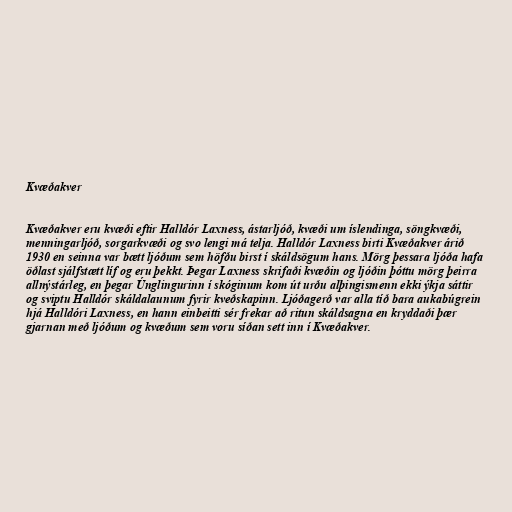
Kvæðakver

Kvæðakver eru kvæði eftir Halldór Laxness, ástarljóð, kvæði um íslendinga, söngkvæði,
menningarljóð, sorgarkvæði og svo lengi má telja. Halldór Laxness birti Kvæðakver árið
1930 en seinna var bætt ljóðum sem höfðu birst í skáldsögum hans. Mörg þessara ljóða hafa
öðlast sjálfstætt líf og eru þekkt. Þegar Laxness skrifaði kvæðin og ljóðin þóttu mörg þeirra
allnýstárleg, en þegar Únglingurinn í skóginum kom út urðu alþingismenn ekki ýkja sáttir
og sviptu Halldór skáldalaunum fyrir kveðskapinn. Ljóðagerð var alla tíð bara aukabúgrein
hjá Halldóri Laxness, en hann einbeitti sér frekar að ritun skáldsagna en kryddaði þær
gjarnan með ljóðum og kvæðum sem voru síðan sett inn í Kvæðakver.